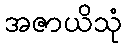
အဇာယိသုံ